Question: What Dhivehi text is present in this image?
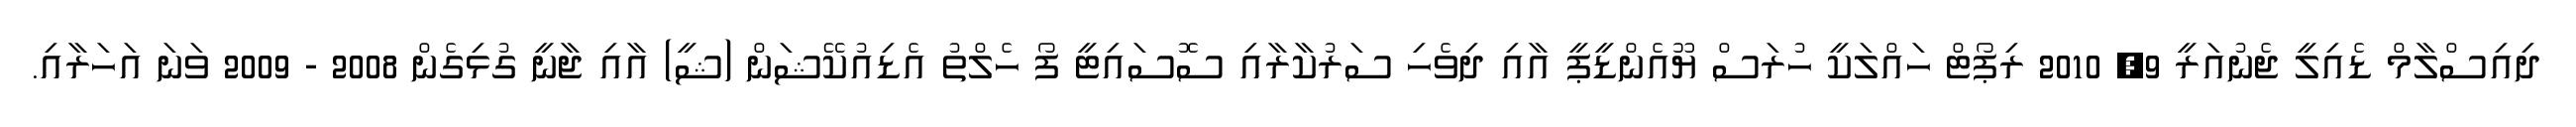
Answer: ދިއިސްލާމް ޑެއިލީ ޖެނުއަރީ 9, 2010 ރިޕޯޓް ހައްލަކީ ހުރަސް ޔޫއެންޑީޕީ އާއި ދިވެހި ސަރުކާރާއި ސޮސައިޓީ ފޯ ހެލްތު އެޑިއުކޭޝަން (ޝީ) އާއި ޖާނީ ގުޅިގެން 2008 - 2009 ވަނަ އަހަރާއި.